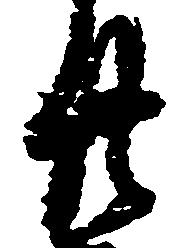
廿